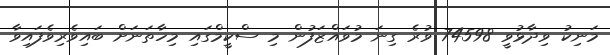
މަނިކު ވިދާޅުވީ 74598 ވުރެ ގިނަ މުވައްޒަފުން މި ސްކީމްގައި މިހާތަނަށް ބައިވެރިވެފައިވާ